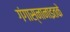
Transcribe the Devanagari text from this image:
गंगास्नानाइतके